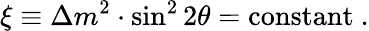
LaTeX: \xi\equiv\Delta m^{2}\cdot\sin^{2}2\theta=\mathrm{constant}~.